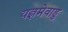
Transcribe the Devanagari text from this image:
यज्ञमेवाहु